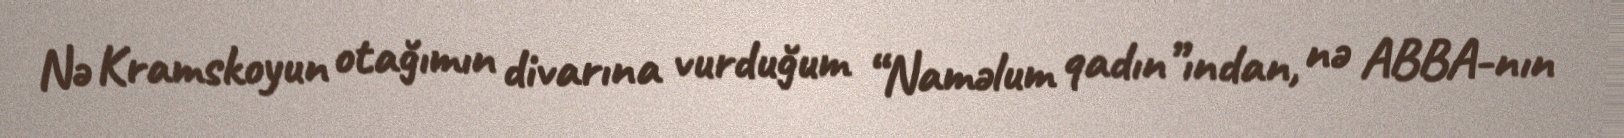
Nə Kramskoyun otağımın divarına vurduğum “Naməlum qadın”ından, nə ABBA-nın